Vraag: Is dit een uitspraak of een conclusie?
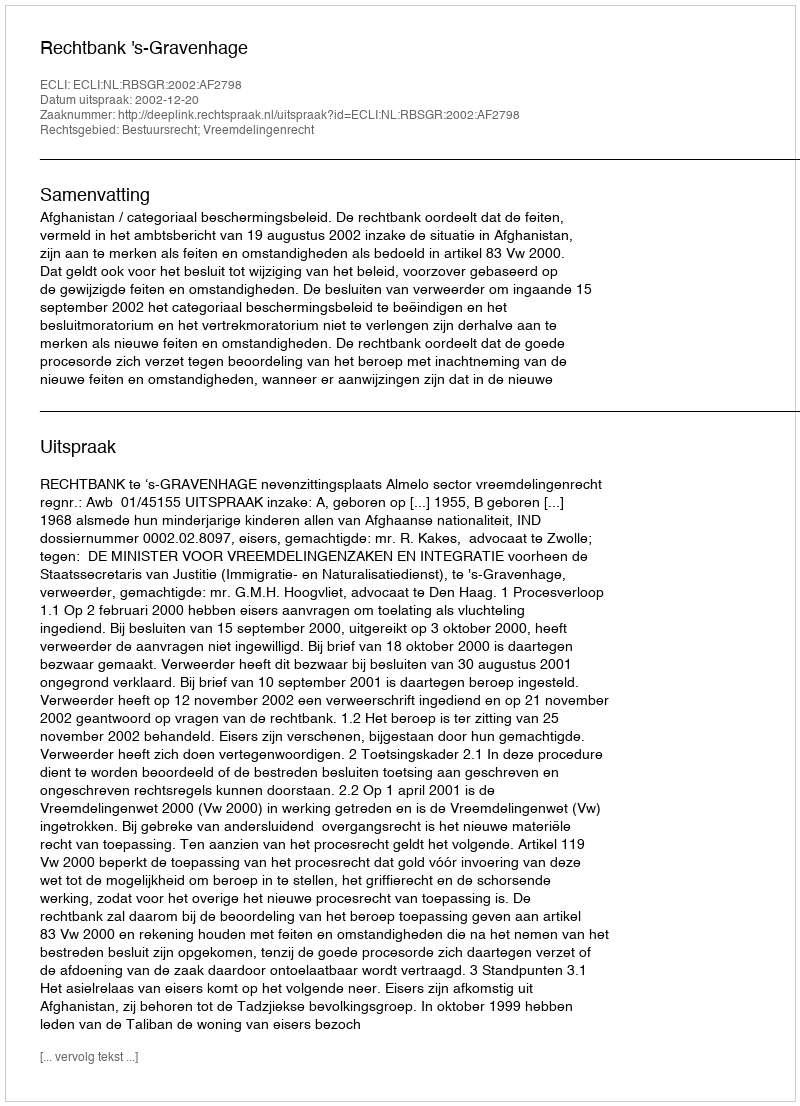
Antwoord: Uitspraak